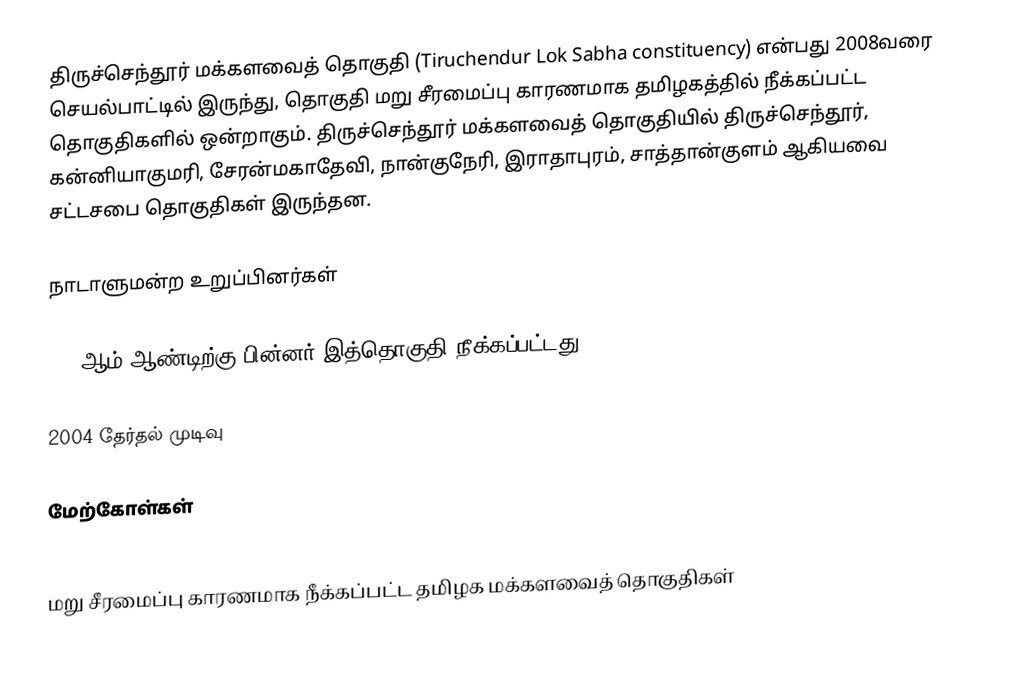
திருச்செந்தூர் மக்களவைத் தொகுதி (Tiruchendur Lok Sabha constituency) என்பது 2008வரை செயல்பாட்டில் இருந்து, தொகுதி மறு சீரமைப்பு காரணமாக தமிழகத்தில் நீக்கப்பட்ட தொகுதிகளில் ஒன்றாகும். திருச்செந்தூர் மக்களவைத் தொகுதியில் திருச்செந்தூர், கன்னியாகுமரி, சேரன்மகாதேவி, நான்குநேரி, இராதாபுரம், சாத்தான்குளம் ஆகியவை சட்டசபை தொகுதிகள் இருந்தன.

நாடாளுமன்ற உறுப்பினர்கள்

 2008ஆம் ஆண்டிற்கு பின்னர் இத்தொகுதி நீக்கப்பட்டது.

2004 தேர்தல் முடிவு

மேற்கோள்கள்

மறு சீரமைப்பு காரணமாக நீக்கப்பட்ட தமிழக மக்களவைத் தொகுதிகள்